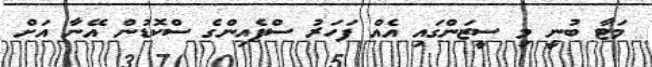
މަޓާ ބުނީ މި ސީޒަންގައި އެއް ފަހަރު ސްޕެއިންގެ ސްކޮޑުން އޭނާ އަށް